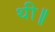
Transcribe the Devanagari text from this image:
थी॥